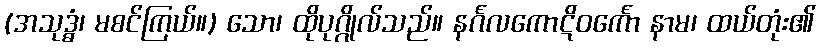
(အသုဒ္ဓံ၊ မစင်ကြယ်။) သော၊ ထိုပုဂ္ဂိုလ်သည်။ နင်္ဂလကောဋိဝင်္ကော နာမ၊ ထယ်တုံး၏